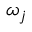
\omega _ { j }